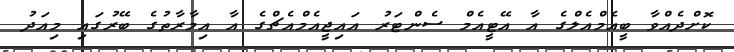
ކޮށްދެއްވާ ބީއެމްއެލްގެ އާ އޭޓީއެމް ސެންޓަރު އައިޖީއެމްއެޗްގެ އާ އިމާރާތުގެ ބޭރުގައި މިއަދު